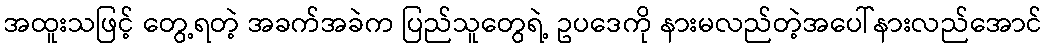
အထူးသဖြင့် တွေ့ရတဲ့ အခက်အခဲက ပြည်သူတွေရဲ့ ဥပဒေကို နားမလည်တဲ့အပေါ်နားလည်အောင်